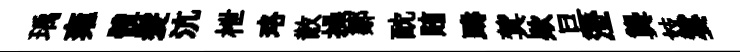
瑀雍體髪沆枻珞散操鄒酖賄躊蓂欵旦澄龔妓霎